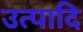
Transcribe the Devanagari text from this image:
उत्पादि